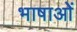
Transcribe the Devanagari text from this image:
भाषाओें